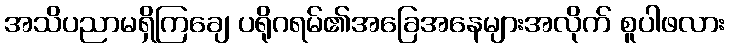
အသိပညာမရှိကြချေ ပရိုဂရမ်၏အခြေအနေများအလိုက် စူပါဖလား